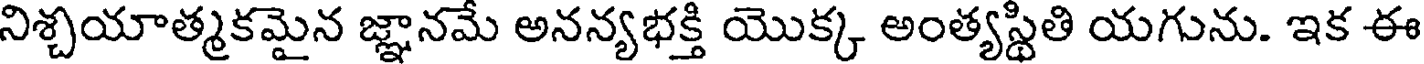
నిశ్చయాత్మకమైన జ్ఞానమే అనన్యభక్తి యొక్క అంత్యస్థితి యగును. ఇక ఈ